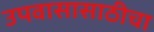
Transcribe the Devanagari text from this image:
उपवासासाठीचा